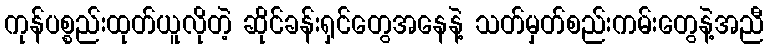
ကုန်ပစ္စည်းထုတ်ယူလိုတဲ့ ဆိုင်ခန်းရှင်တွေအနေနဲ့ သတ်မှတ်စည်းကမ်းတွေနဲ့အညီ